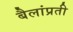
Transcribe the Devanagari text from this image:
बैलांप्रती